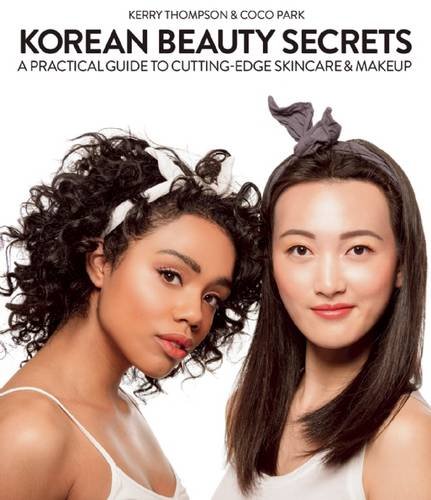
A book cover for Korean Beauty Secrets: A Practical Guide to Cutting-Edge Skincare & Makeup; Kerry Thompson; Health, Fitness & Dieting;